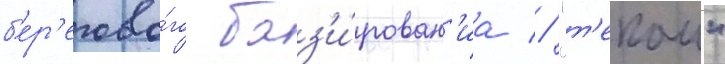
б'ер'егово́го баз'и́рован'иа // "т'екаи"